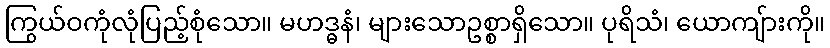
ကြွယ်ဝကုံလုံပြည့်စုံသော။ မဟဒ္ဓနံ၊ များသောဥစ္စာရှိသော။ ပုရိသံ၊ ယောကျ်ားကို။